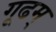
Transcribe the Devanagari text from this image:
गूढम्